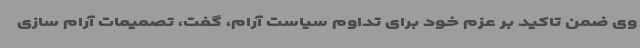
وی ضمن تاکید بر عزم خود برای تداوم سیاست آرام، گفت، تصمیمات آرام سازی